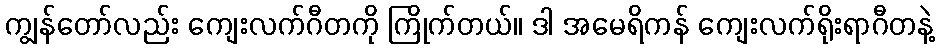
ကျွန်တော်လည်း ကျေးလက်ဂီတကို ကြိုက်တယ်။ ဒါ အမေရိကန် ကျေးလက်ရိုးရာဂီတနဲ့